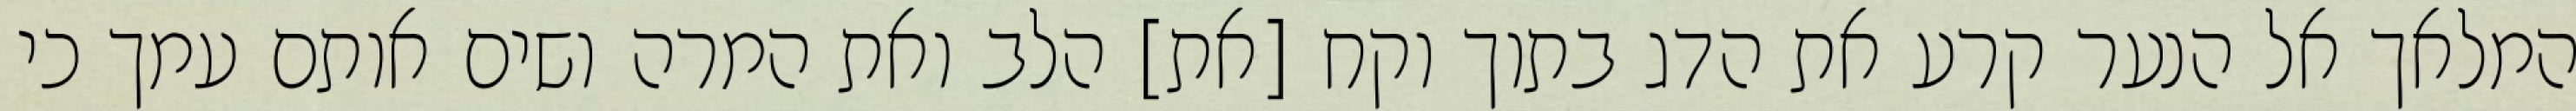
המלאך אל הנער קרע את הדג בתוך וקח [את] הלב ואת המרה ושים אותם עמך כי